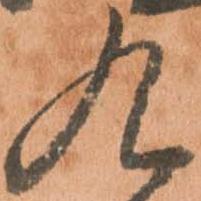
九